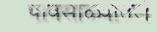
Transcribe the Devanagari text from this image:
पावसाळ्यातले